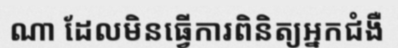
ណា ដែលមិនធ្វើការពិនិត្យអ្នកជំងឺ